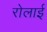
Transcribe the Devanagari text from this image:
रोलाई